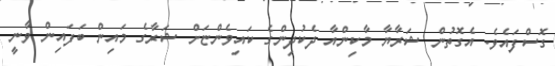
ގޮސްފައެވެ. އެގޮތުން ޝަރާޔާ މާކިންއާ ދެކުދިންގެ ކައިވެންޏަށް ޝަރާގެ މައިން ބަފައިން ވާނީ